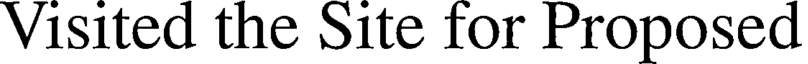
Visited the Site for Proposed